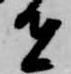
者